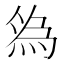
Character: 𬊓